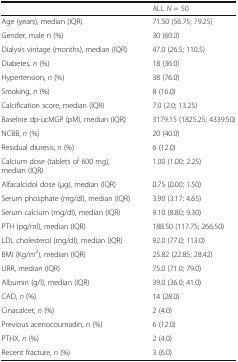
|  | ALL N = 50 |
 | --- | --- |
 | Age (years), median (IQR) | 71.50 (56.75; 79.25) |
 | Gender, male n (%) | 30 (60.0) |
 | Dialysis vintage (months), median (IQR) | 47.0 (26.5; 110.5) |
 | Diabetes, n (%) | 18 (36.0) |
 | Hypertension, n (%) | 38 (76.0) |
 | Smoking, n (%) | 8 (16.0) |
 | Calcification score, median (IQR) | 7.0 (2.0; 13.25) |
 | Baseline dp-ucMGP (pM), median (IQR) | 3179.15 (1825.25; 4339.50) |
 | NCBB, n (%) | 20 (40.0) |
 | Residual diuresis, n (%) | 6 (12.0) |
 | Calcium dose (tablets of 600 mg), median (IQR) | 1.00 (1.00; 2.25) |
 | Alfacalcidol dose (μg), median (IQR) | 0.75 (0.00; 1.50) |
 | Serum phosphate (mg/dl), median (IQR) | 3.90 (3.17; 4.65) |
 | Serum calcium (mg/dl), median (IQR) | 9.10 (8.80; 9.30) |
 | PTH (pg/ml), median (IQR) | 188.50 (117.75; 266.50) |
 | LDL cholesterol (mg/dl), median (IQR) | 92.0 (77.0; 113.0) |
 | BMI (Kg/m2), median (IQR) | 25.82 (22.85; 28.42) |
 | URR, median (IQR) | 75.0 (71.0; 79.0) |
 | Albumin (g/l), median (IQR) | 39.0 (36.0; 41.0) |
 | CAD, n (%) | 14 (28.0) |
 | Cinacalcet, n (%) | 2 (4.0) |
 | Previous acenocoumadin, n (%) | 6 (12.0) |
 | PTHX, n (%) | 2 (4.0) |
 | Recent fracture, n (%) | 3 (6.0) |